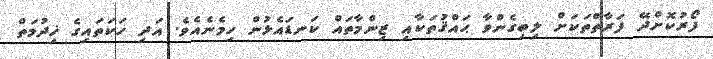
ފޯރުކޮށްދޭ ފަރާތްތަކަށް ލިބިގެންވާ ޙައްޤުތަކާއި ޒިންމާތައް ކަނޑައެޅުން ހިމެނެއެވެ. އަދި ހަކަތައިގެ ޚިދުމަތް